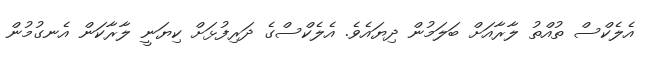
އެލެކްސް ތުއްތު ލާރާއަށް ބަލަމުން ދިޔައެވެ. އެލެކްސްގެ ދަރިފުޅަށް ކިޔަނީ ލާރާކަން އެނގުމުން